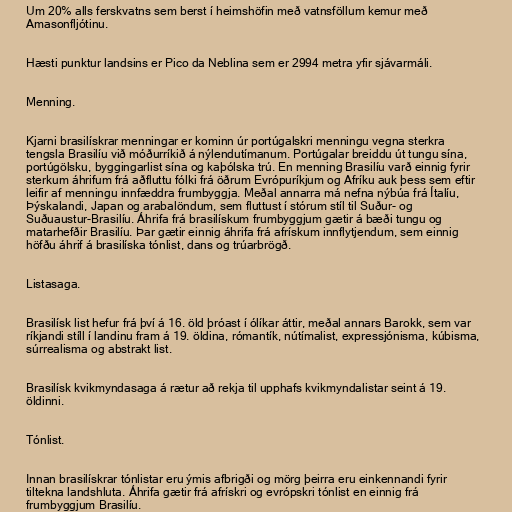
Um 20% alls ferskvatns sem berst í heimshöfin með vatnsföllum kemur með
Amasonfljótinu.

Hæsti punktur landsins er Pico da Neblina sem er 2994 metra yfir sjávarmáli.

Menning.

Kjarni brasilískrar menningar er kominn úr portúgalskri menningu vegna sterkra
tengsla Brasilíu við móðurríkið á nýlendutímanum. Portúgalar breiddu út tungu sína,
portúgölsku, byggingarlist sína og kaþólska trú. En menning Brasilíu varð einnig fyrir
sterkum áhrifum frá aðfluttu fólki frá öðrum Evrópuríkjum og Afríku auk þess sem eftir
leifir af menningu innfæddra frumbyggja. Meðal annarra má nefna nýbúa frá Ítalíu,
Þýskalandi, Japan og arabalöndum, sem fluttust í stórum stíl til Suður- og
Suðuaustur-Brasilíu. Áhrifa frá brasilískum frumbyggjum gætir á bæði tungu og
matarhefðir Brasilíu. Þar gætir einnig áhrifa frá afrískum innflytjendum, sem einnig
höfðu áhrif á brasilíska tónlist, dans og trúarbrögð.

Listasaga.

Brasilísk list hefur frá því á 16. öld þróast í ólíkar áttir, meðal annars Barokk, sem var
ríkjandi stíll í landinu fram á 19. öldina, rómantík, nútímalist, expressjónisma, kúbisma,
súrrealisma og abstrakt list.

Brasilísk kvikmyndasaga á rætur að rekja til upphafs kvikmyndalistar seint á 19.
öldinni.

Tónlist.

Innan brasilískrar tónlistar eru ýmis afbrigði og mörg þeirra eru einkennandi fyrir
tiltekna landshluta. Áhrifa gætir frá afrískri og evrópskri tónlist en einnig frá
frumbyggjum Brasilíu.